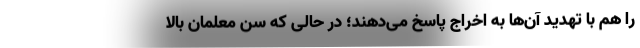
را هم با تهدید آن‌ها به اخراج پاسخ می‌دهند؛ در حالی که سن معلمان بالا